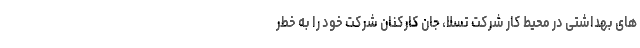
های بهداشتی در محیط کار شرکت تسلا، جان کارکنان شرکت خود را به خطر